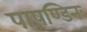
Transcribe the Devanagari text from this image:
पाषण्डिनः